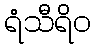
ရံသီရိဝ